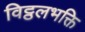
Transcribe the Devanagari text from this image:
विट्ठलभक्ति